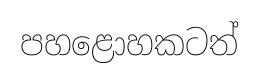
පහළොහකටත්